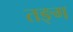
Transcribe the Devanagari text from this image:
तङ्ग